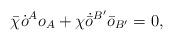
LaTeX: \begin{align*}\bar{\chi}\dot{o}^A o_A + \chi\dot{\bar{o}}^{B'}\bar{o}_{B'} = 0,\end{align*}